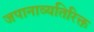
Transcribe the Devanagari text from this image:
जपानाव्यतिरिक्त